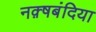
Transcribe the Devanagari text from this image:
नक़्षबंदिया